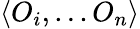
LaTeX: \left<O_{i},...O_{n}\right>